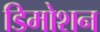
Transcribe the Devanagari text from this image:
डिमोशन